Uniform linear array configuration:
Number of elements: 4
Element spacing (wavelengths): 1
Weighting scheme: uniform
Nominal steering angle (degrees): -60
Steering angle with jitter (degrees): -58.816
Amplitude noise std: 0.05
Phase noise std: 0.05

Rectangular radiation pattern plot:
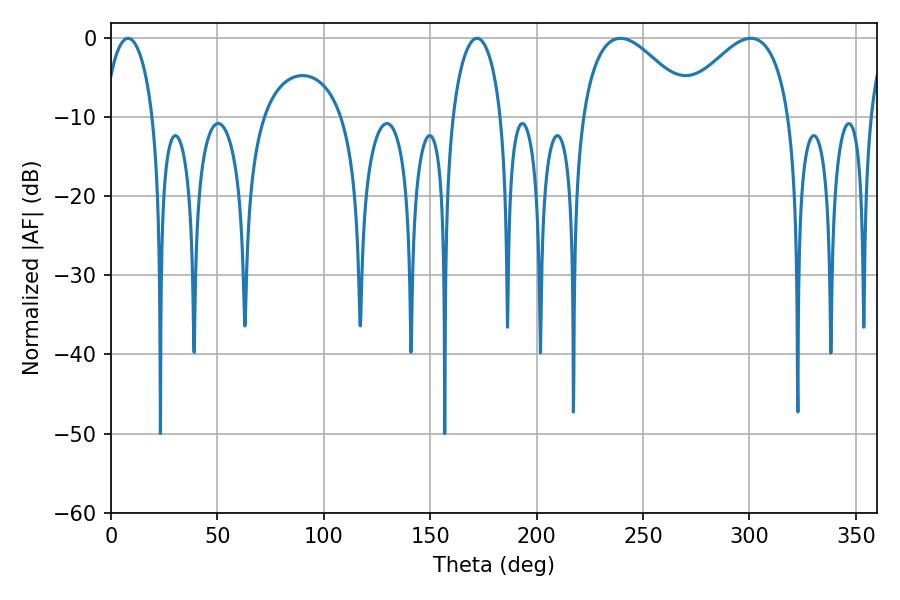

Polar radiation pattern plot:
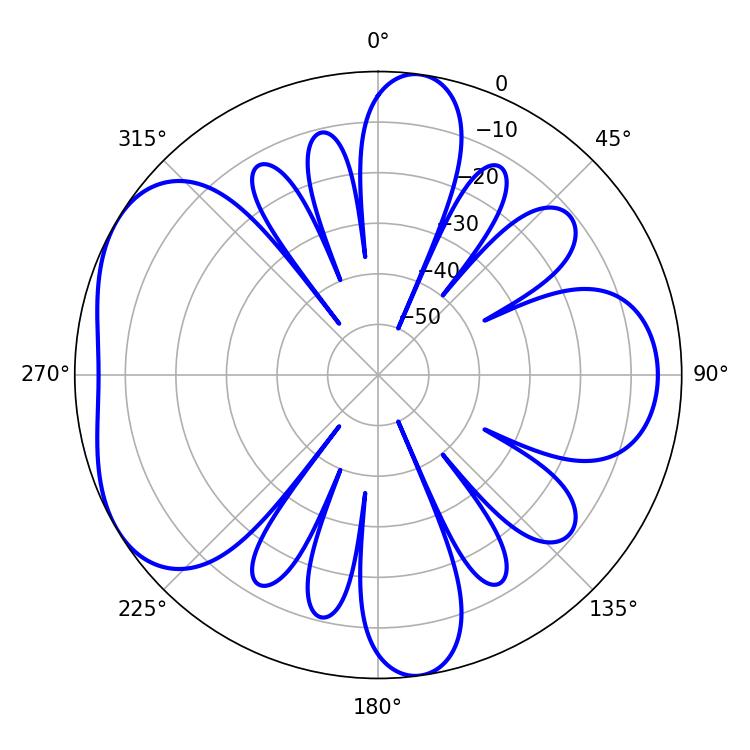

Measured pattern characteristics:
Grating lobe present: TRUE
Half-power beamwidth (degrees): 28.62
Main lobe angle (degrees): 239.4